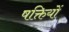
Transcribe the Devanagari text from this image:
षक्तियों